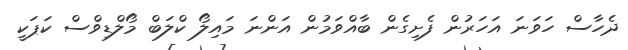
ދެހާސް ހަވަނަ އަހަރުން ފެށިގެން ބާއްވަމުން އަންނަ މައިލޯ ކްލަބް މޯލްޑިވްސް ކަޕަކީ